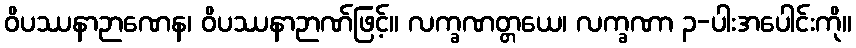
ဝိပဿနာဉာဏေန၊ ဝိပဿနာဉာဏ်ဖြင့်။ လက္ခဏတ္တယေ၊ လက္ခဏာ ၃-ပါးအပေါင်းကို။